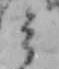
ミ